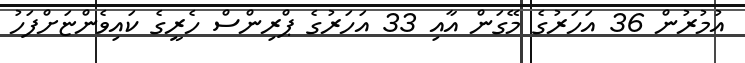
އުމުރުން 36 އަހަރުގެ މޭގަން އާއި 33 އަހަރުގެ ޕްރިންސް ހެރީގެ ކައިވެންޏަށްފަހު